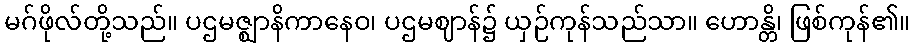
မဂ်ဖိုလ်တို့သည်။ ပဌမဇ္ဈာနိကာနေဝ၊ ပဌမဈာန်၌ ယှဉ်ကုန်သည်သာ။ ဟောန္တိ၊ ဖြစ်ကုန်၏။